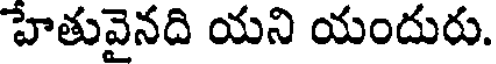
హేతువైనది యని యందురు.